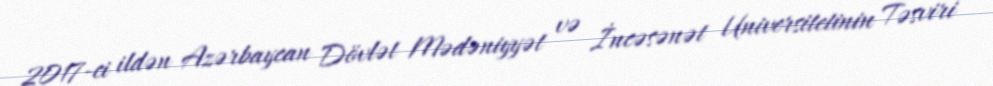
2017-ci ildən Azərbaycan Dövlət Mədəniyyət və İncəsənət Universitetinin Təsviri